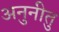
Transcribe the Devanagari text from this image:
अनुनीतु